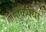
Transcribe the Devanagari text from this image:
एकेक्या